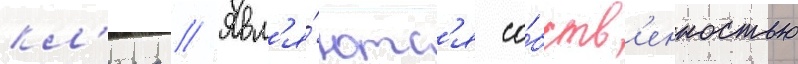
кл'ира // Явл'я́ютс'я со́бств'енностью